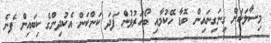
މިސާލަކަށް ގިނަގިނައިން ބޮޑާ ހޭކުމާއި ބޯހަރުވުން ފަދަ ކަންކަން އެކުދިންގެ ކިބައިން ފެނެ